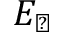
E _ { \perp }